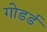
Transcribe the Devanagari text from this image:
गोडर्ड